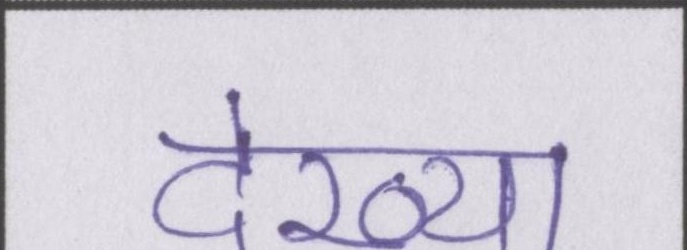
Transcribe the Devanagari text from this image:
देख्या